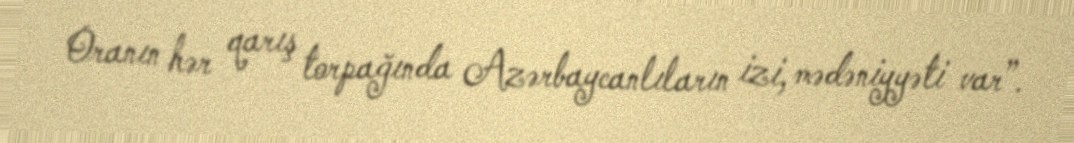
Oranın hər qarış torpağında Azərbaycanlıların izi, mədəniyyəti var”.